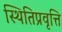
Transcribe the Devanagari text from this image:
स्थितिप्रवृत्ति